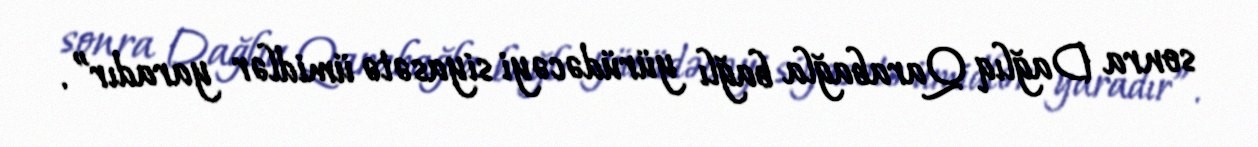
sonra Dağlıq Qarabağla bağlı yürüdəcəyi siyasətə ümidlər yaradır”.